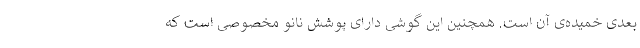
بعدی خمیده‌ی آن است. همچنین این گوشی دارای پوشش نانو مخصوصی است که